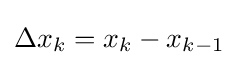
\Delta x_{k}=x_{k}-x_{k-1}